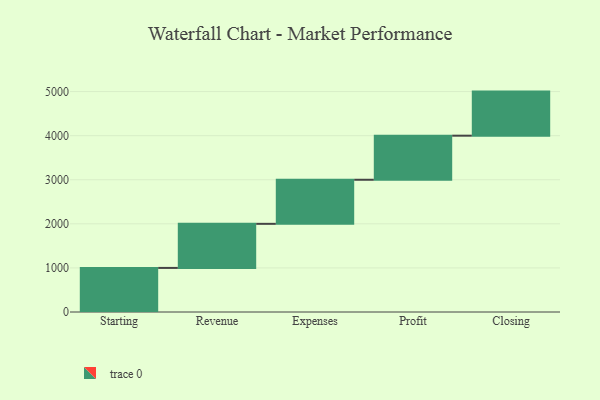
{"axis": {"x": "Step", "y": "Value"}, "legend": [""], "data": [{"x": "Starting", "y": 1000, "type": ""}, {"x": "Revenue", "y": 1000, "type": ""}, {"x": "Expenses", "y": 1000, "type": ""}, {"x": "Profit", "y": 1000, "type": ""}, {"x": "Closing", "y": 1000, "type": ""}]}